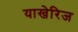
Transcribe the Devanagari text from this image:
याखेरिज